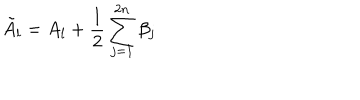
LaTeX: \tilde { A } _ { l } = A _ { l } + \frac { 1 } { 2 } \sum _ { j = 1 } ^ { 2 n } \beta _ { j }